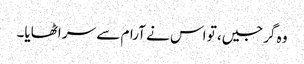
وہ گرجیں، تو اس نے آرام سے سر اٹھایا۔